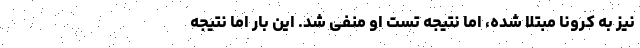
نیز به کرونا مبتلا شده، اما نتیجه تست او منفی شد. این بار اما نتیجه